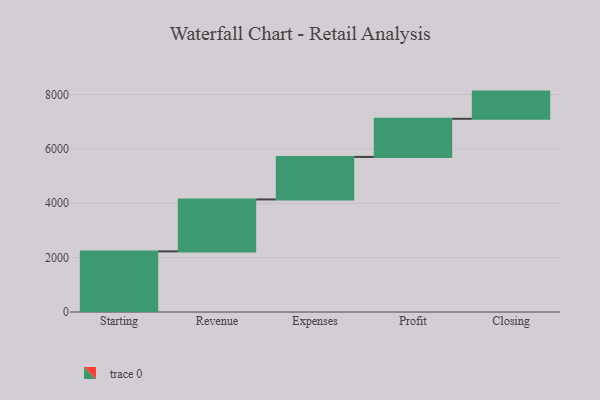
{"axis": {"x": "Step", "y": "Value"}, "legend": [""], "data": [{"x": "Starting", "y": 2230.0, "type": ""}, {"x": "Revenue", "y": 1911.0, "type": ""}, {"x": "Expenses", "y": 1564.0, "type": ""}, {"x": "Profit", "y": 1403.0, "type": ""}, {"x": "Closing", "y": 1000, "type": ""}]}